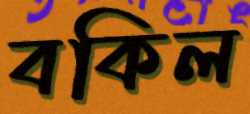
বকিল